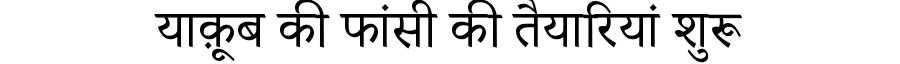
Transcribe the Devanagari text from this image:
याक़ूब की फांसी की तैयारियां शुरू